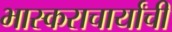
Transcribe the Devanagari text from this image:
भास्कराचार्यांची